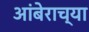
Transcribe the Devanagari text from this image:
आंबेराच्या